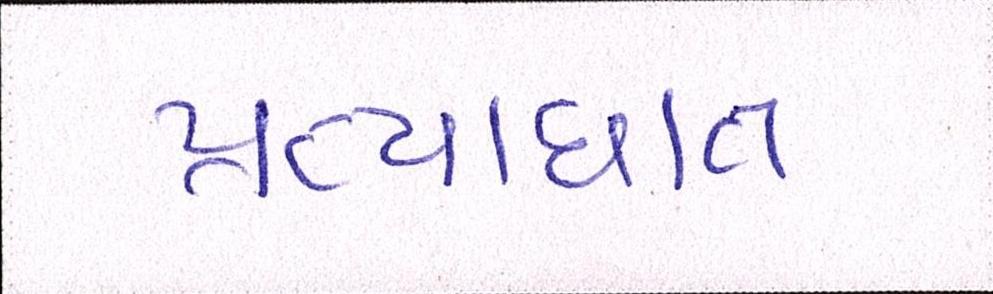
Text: પ્રત્યાઘાત